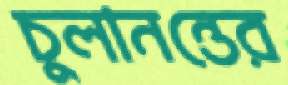
চুলানন্তের